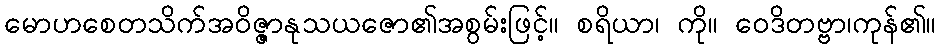
မောဟစေတသိက်အဝိဇ္ဇာနုသယဇော၏အစွမ်းဖြင့်။ စရိယာ၊ ကို။ ဝေဒိတဗ္ဗာ၊ကုန်၏။